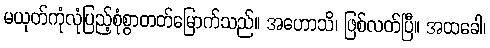
မယုတ်ကုံလုံပြည့်စုံစွာတတ်မြောက်သည်။ အဟောသိ၊ ဖြစ်လတ်ပြီ။ အထခေါ၊